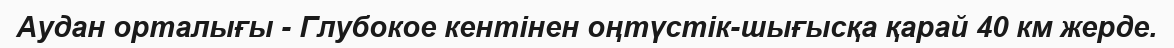
Аудан орталығы - Глубокое кентінен оңтүстік-шығысқа қарай 40 км жерде.